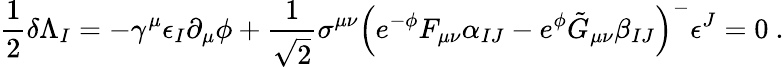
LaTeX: \frac{1}{2}\delta\Lambda_{I}=-\gamma^{\mu}\epsilon_{I}\partial_{\mu}\phi+\frac{1}{\sqrt 2}\sigma^{\mu\nu}\left(e^{-\phi}F_{\mu\nu}\alpha_{IJ}-e^{\phi}\tilde{G}_{\mu\nu}\beta_{IJ}\right)^{-}\epsilon^{J}=0\ .